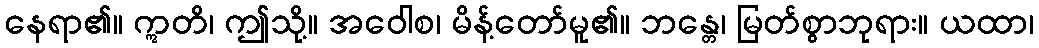
နေရာ၏။ ဣတိ၊ ဤသို့။ အဝေါစ၊ မိန့်တော်မူ၏။ ဘန္တေ၊ မြတ်စွာဘုရား။ ယထာ၊